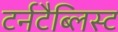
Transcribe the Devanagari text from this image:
टर्नटैब्लिस्ट